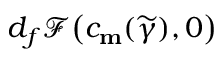
d _ { f } \mathscr { F } \big ( c _ { \mathbf { m } } ( \widetilde { \gamma } ) , 0 \big )